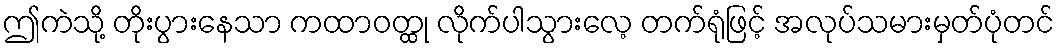
ဤကဲသို့ တိုးပွားနေသာ ကထာဝတ္ထု လိုက်ပါသွားလေ့ တက်ရုံဖြင့် အလုပ်သမားမှတ်ပုံတင်